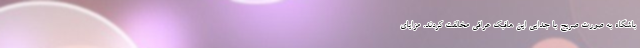
باشگاه به صورت صریح با جدایی این هافبک عراقی مخالفت کردند. مزایای